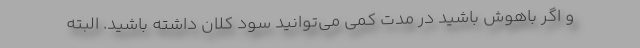
و اگر باهوش باشید در مدت کمی می‌توانید سود کلان داشته باشید. البته